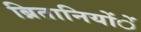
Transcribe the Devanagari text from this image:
ब्रितानियोंें